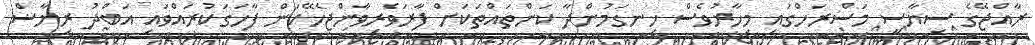
ރާއްޖޭގެ ސިޔާސީ މަސްރަހްގައި މިހާރުވެސް ހިނގަމުންދާ ކަންތައްތަކަށް ފާރަވެރިވާންޖެހޭކަން ފާހަގަކުރައްވައި އަބްދު ރިޔާޟް